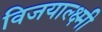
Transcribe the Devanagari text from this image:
विजयाल्क्ष्मी